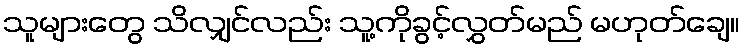
သူများတွေ သိလျှင်လည်း သူ့ကိုခွင့်လွှတ်မည် မဟုတ်ချေ။